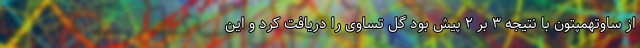
از ساوتهمپتون با نتیجه ۳ بر ۲ پیش بود گل تساوی را دریافت کرد و این